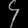
Digit: ၄